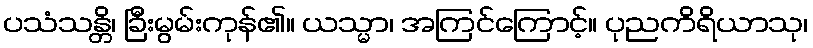
ပသံသန္တိ၊ ခြီးမွမ်းကုန်၏။ ယသ္မာ၊ အကြင်ကြောင့်။ ပုညကိရိယာသု၊